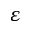
\varepsilon